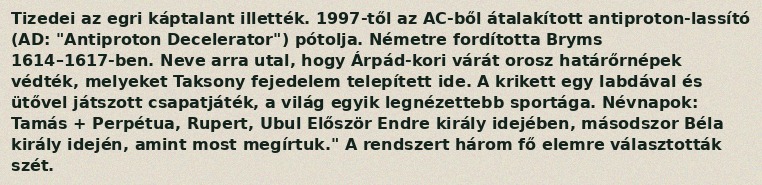
Tizedei az egri káptalant illették. 1997-től az AC-ből átalakított antiproton-lassító (AD: "Antiproton Decelerator") pótolja. Németre fordította Bryms 1614–1617-ben. Neve arra utal, hogy Árpád-kori várát orosz határőrnépek védték, melyeket Taksony fejedelem telepített ide. A krikett egy labdával és ütővel játszott csapatjáték, a világ egyik legnézettebb sportága. Névnapok: Tamás + Perpétua, Rupert, Ubul Először Endre király idejében, másodszor Béla király idején, amint most megírtuk." A rendszert három fő elemre választották szét.